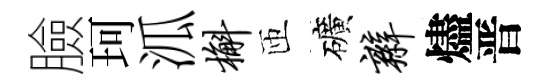
臉珂泒槲匝礦辫燼晋